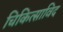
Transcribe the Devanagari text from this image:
चिकित्साविद